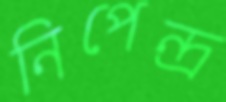
নিপেন্দ্র